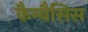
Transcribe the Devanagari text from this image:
कैम्बैसिस